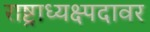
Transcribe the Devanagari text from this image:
राष्ट्राध्यक्ष्पदावर